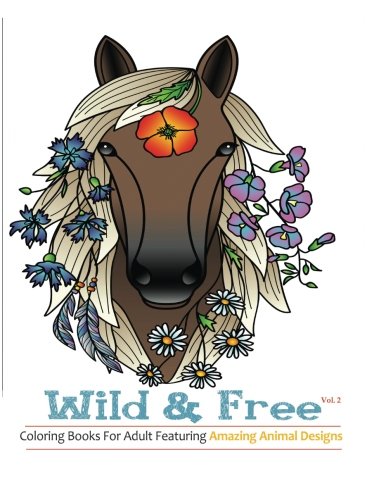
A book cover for Wild & Free: Coloring Books For Adults Featuring Stress Relieving Animal Designs (Wild & Free Adult Coloring books) (Volume 2); Coloring books for adults; Arts & Photography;